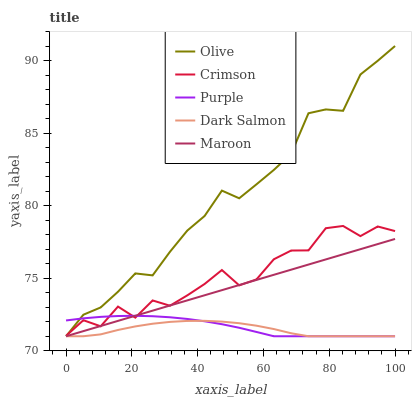
| xaxis_label | Olive | Crimson | Purple | Dark Salmon | Maroon |
 | --- | --- | --- | --- | --- | --- |
 | 0 | 71 | 71 | 72.1 | 71 | 71 |
 | 5.26 | 72.5 | 72.1 | 72.2 | 71 | 71.4 |
 | 10.5 | 73 | 71.7 | 72.3 | 71.1 | 71.7 |
 | 15.8 | 74.1 | 73 | 72.4 | 71.4 | 72.1 |
 | 21.1 | 75.3 | 72.3 | 72.4 | 71.7 | 72.4 |
 | 26.3 | 75.2 | 73.5 | 72.4 | 71.9 | 72.8 |
 | 31.6 | 76.8 | 73.1 | 72.3 | 72 | 73.1 |
 | 36.8 | 78.3 | 73.8 | 72.2 | 72.1 | 73.5 |
 | 42.1 | 79.3 | 74.6 | 72 | 72.1 | 73.8 |
 | 47.4 | 81 | 75.6 | 71.8 | 72 | 74.2 |
 | 52.6 | 80.5 | 74.5 | 71.6 | 71.9 | 74.5 |
 | 57.9 | 81.5 | 74.9 | 71.3 | 71.7 | 74.9 |
 | 63.2 | 82.5 | 76.3 | 71 | 71.5 | 75.2 |
 | 68.4 | 83.6 | 76.9 | 71 | 71.2 | 75.6 |
 | 73.7 | 86.4 | 76.9 | 71 | 71 | 75.9 |
 | 78.9 | 86.6 | 78.4 | 71 | 71 | 76.3 |
 | 84.2 | 86.5 | 78.6 | 71 | 71 | 76.6 |
 | 89.5 | 89 | 77.9 | 71 | 71 | 77 |
 | 94.7 | 90 | 78.6 | 71 | 71 | 77.4 |
 | 100 | 91 | 78.2 | 71 | 71 | 77.7 |